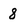
Character: 8